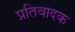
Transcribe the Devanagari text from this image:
प्रतिवादक